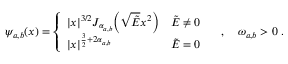
\psi _ { a , b } ( x ) = \left\{ \begin{array} { l l } { | x | ^ { 3 / 2 } J _ { \alpha _ { a , b } } \! \left( \sqrt { \tilde { E } } x ^ { 2 } \right) } & { \tilde { E } \neq 0 } \\ { | x | ^ { \frac { 3 } { 2 } + 2 \alpha _ { a , b } } } & { \tilde { E } = 0 } \end{array} \right. \quad , \quad \omega _ { a , b } > 0 \; .